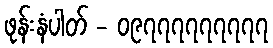
ဖုန်းနံပါတ် - ၀၉၇၇၇၇၇၇၇၇၇